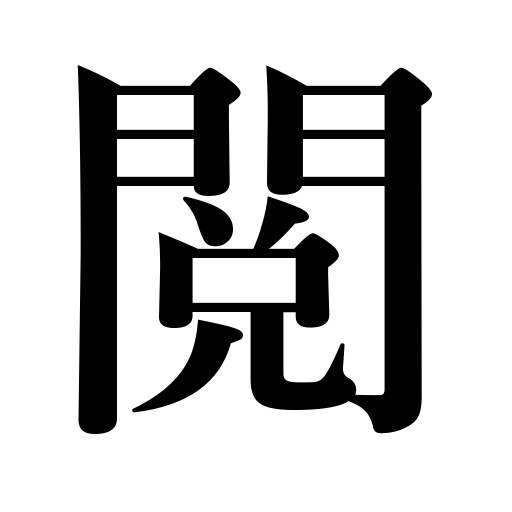
Meanings: revision,inspection